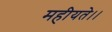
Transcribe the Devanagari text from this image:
महीयते।।